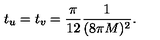
t _ { u } = t _ { v } = { \frac { \pi } { 1 2 } } { \frac { 1 } { ( 8 \pi M ) ^ { 2 } } } .